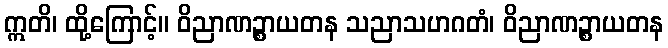
ဣတိ၊ ထို့ကြောင့်။ ဝိညာဏဉ္စာယတန သညာသဟဂတံ၊ ဝိညာဏဉ္စာယတန